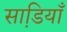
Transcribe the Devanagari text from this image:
साडि़याँ